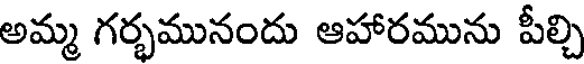
అమ్మ గర్భమునందు ఆహారమును పీల్చి